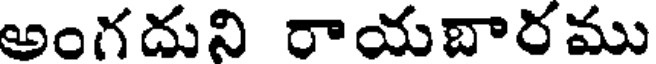
అంగదుని రాయబారము